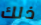
ذلك